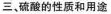
三、硫酸的性质和用途